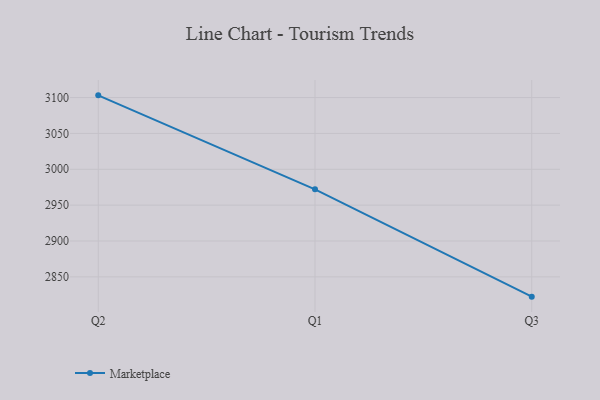
{"axis": {"x": "Quarter", "y": "Humidity (%)"}, "legend": ["Marketplace"], "data": [{"x": "Q2", "y": 3103.1, "type": "Marketplace"}, {"x": "Q1", "y": 2972.1, "type": "Marketplace"}, {"x": "Q3", "y": 2822.4, "type": "Marketplace"}]}